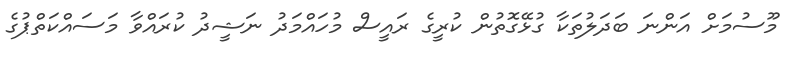
މޫސުމަށް އަންނަ ބަދަލުތަކާ ގުޅޭގޮތުން ކުރީގެ ރައީސް މުހައްމަދު ނަޝީދު ކުރައްވާ މަސައްކަތްޕުގެ